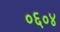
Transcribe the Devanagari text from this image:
०६०४